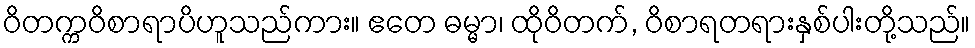
ဝိတက္ကဝိစာရာပိဟူသည်ကား။ ဧတေ ဓမ္မာ၊ ထိုဝိတက်, ဝိစာရတရားနှစ်ပါးတို့သည်။